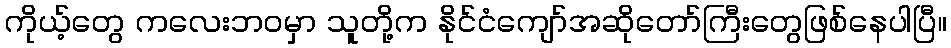
ကိုယ့်တွေ ကလေးဘဝမှာ သူတို့က နိုင်ငံကျော်အဆိုတော်ကြီးတွေဖြစ်နေပါပြီ။